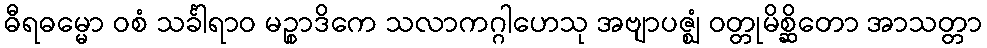
ဓီရဓမ္မော ဝစံ သင်္ခါရာဝ မဉ္စာဒိကေ သလာကဂ္ဂါဟေသု အဗျာပဇ္ဈံ ဝတ္တုမိစ္ဆိတော အာသတ္တာ